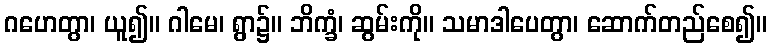
ဂဟေတွာ၊ ယူ၍။ ဂါမေ၊ ရွာ၌။ ဘိက္ခံ၊ ဆွမ်းကို။ သမာဒါပေတွာ၊ ဆောက်တည်စေ၍။